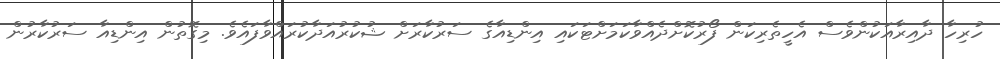
ހުރިހާ ދާއިރާއަކުންވެސް އެހީތެރިކަން ފޯރުކޮށްދެއްވާކަމަށްޓަކައި އިންޑިއާގެ ސަރުކާރަށް ޝުކުރުއަދާކުރައްވާފައެވެ. މިގޮތުން އިންޑިއާ ސަރުކާރުން